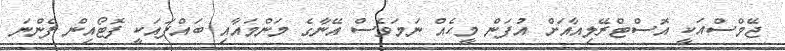
ޖޭމްސްއަކީ އޮސްޓްރޭލިއާއަށް އުފަން މީހެއް ނަމަވެސް އޭނާގެ މަންމައާއި ބައްޕައަކީ ފޮޓޯއިން ފެންނަ